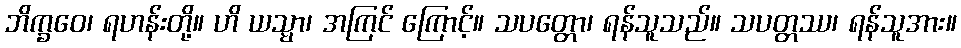
ဘိက္ခဝေ၊ ရဟန်းတို့။ ဟိ ယသ္မာ၊ အကြင် ကြောင့်။ သပတ္တော၊ ရန်သူသည်။ သပတ္တဿ၊ ရန်သူအား။